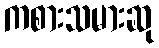
ကစားသမားဆု